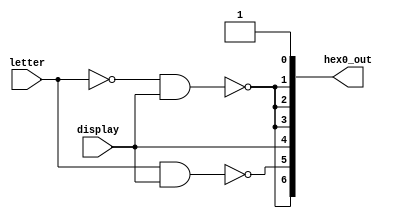
module hexDisplay(letter, display, hex0_out); // for left most hex display
  input letter;
  input display;
  output [6:0] hex0_out;

  assign hex0_out[0] = !(1'b0);
  assign hex0_out[1] = !((!letter) & display);
  assign hex0_out[2] = !(!letter & display);
  assign hex0_out[3] = !(!letter & display);
  assign hex0_out[4] = !(!display);
  assign hex0_out[5] = !(letter & display);
  assign hex0_out[6] = !(!letter & display);

endmodule